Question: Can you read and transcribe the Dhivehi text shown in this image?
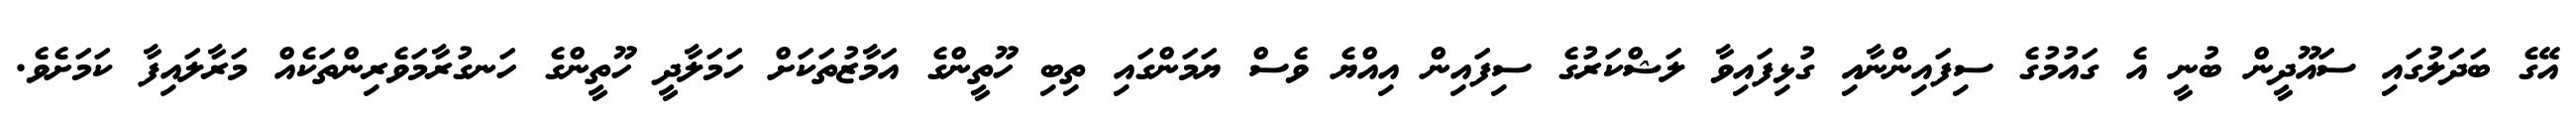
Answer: އޭގެ ބަދަލުގައި ސައޫދީން ބުނީ އެ ގައުމުގެ ސިފައިންނާއި ގުޅިފައިވާ ލަޝްކަރުގެ ސިފައިން އިއްޔެ ވެސް ޔަމަންގައި ތިބި ހޫތީންގެ އަމާޒުތަކަށް ހަމަލާދީ ހޫތީންގެ ހަނގުރާމަވެރިންތަކެއް މަރާލައިފާ ކަމަށެވެ.